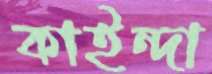
কাইন্দা